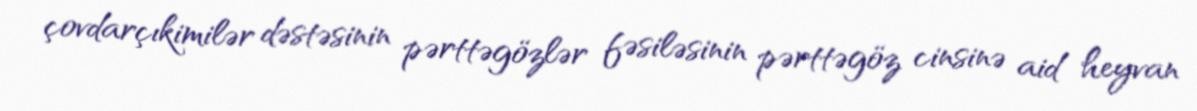
çovdarçıkimilər dəstəsinin pərttəgözlər fəsiləsinin pərttəgöz cinsinə aid heyvan